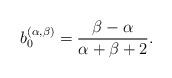
LaTeX: \begin{align*}b_{0}^{(\alpha,\beta)} = \frac{\beta-\alpha}{\alpha+\beta+2}.\end{align*}